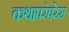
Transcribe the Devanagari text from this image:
कथापरंपरेस